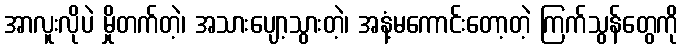
အာလူးလိုပဲ မှိုတက်တဲ့၊ အသားပျော့သွားတဲ့၊ အနံ့မကောင်းတော့တဲ့ ကြက်သွန်တွေကို